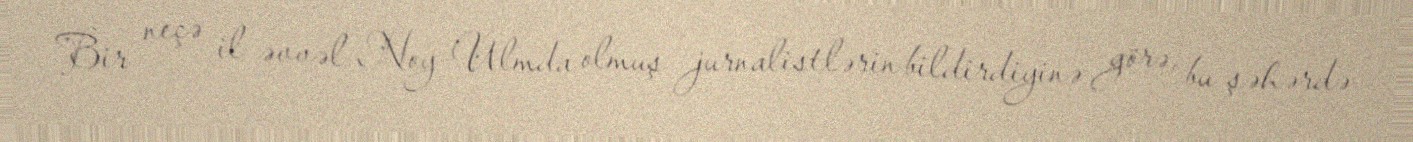
Bir neçə il əvvəl Noy-Ulmda olmuş jurnalistlərin bildirdiyinə görə, bu şəhərdə